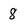
Character: 8